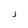
Character: J